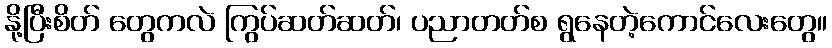
နို့ပြီးစိတ် တွေကလဲ ကြွပ်ဆတ်ဆတ်၊ ပညာတတ်စ ရွနေတဲ့ကောင်လေးတွေ။